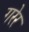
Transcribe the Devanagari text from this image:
गरेर